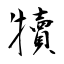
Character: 犢